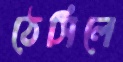
ঠেসিলে